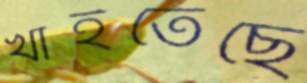
খাইতেছে